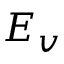
E _ { v }